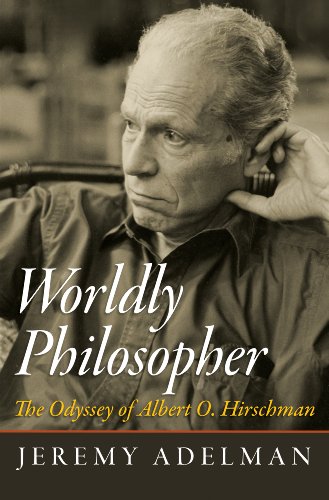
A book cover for Worldly Philosopher: The Odyssey of Albert O. Hirschman; Jeremy Adelman; Biographies & Memoirs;